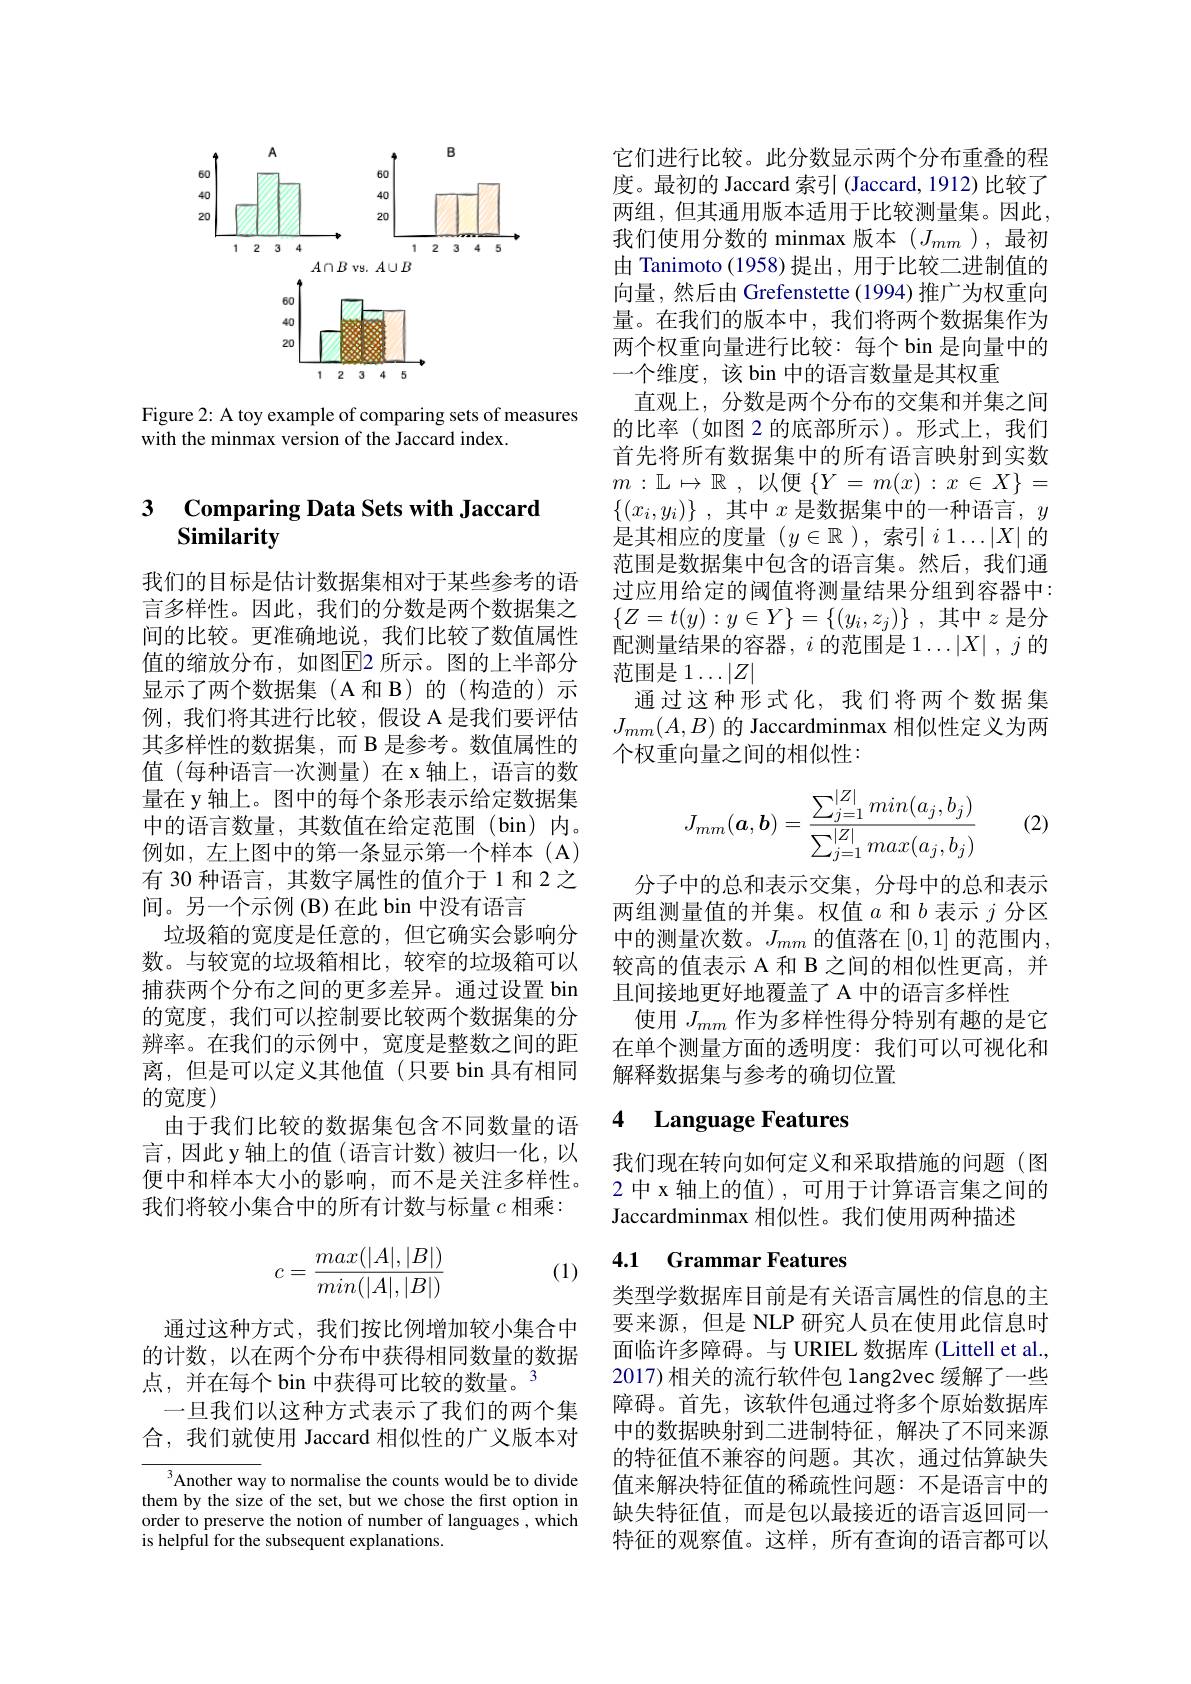
<FigureHere>

Figure 2: A toy example of comparing sets of measures
with the minmax version of the Jaccard index.

### 3 $\textbf{Comparing Data Sets with}$ Similarity

我们的目标是估计数据集相对于某些参考的语言多样性。因此，我们的分数是两个数据集之间的比较。更准确地说，我们比较了数值属性值的缩放分布，如图E2 所示。图的上半部分显示了两个数据集(A和B)的(构造的)示例，我们将其进行比较，假设 A 是我们要评估其多样性的数据集，而 B 是参考。数值属性的值(每种语言一次测量)在x轴上，语言的数量在 y 轴上。图中的每个条形表示给定数据集中的语言数量，其数值在给定范围(bin)内。例如，左上图中的第一条显示第一个样本(A) 有 30 种语言，其数字属性的值介于 1 和 2 之间。另一个示例 (B)在此 bin 中没有语言
垃圾箱的宽度是任意的，但它确实会影响分数。与较宽的垃圾箱相比，较窄的垃圾箱可以捕获两个分布之间的更多差异。通过设置 bin 的宽度，我们可以控制要比较两个数据集的分辨率。在我们的示例中，宽度是整数之间的距离，但是可以定义其他值(只要 bin 具有相同的宽度)
由于我们比较的数据集包含不同数量的语言，因此 y 轴上的值 (语言计数)被归一化，以便中和样本大小的影响，而不是关注多样性。我们将较小集合中的所有计数与标量$c$相乘：

(1)
$$c=\dfrac{max(|A|,|B|)}{min(|A|,|B|)}$$
通过这种方式，我们按比例增加较小集合中的计数，以在两个分布中获得相同数量的数据点、并在每个 bin 中获得可比较的数量。3
一旦我们以这种方式表示了我们的两个集合，我们就使用 Jaccard 相似性的广义版本对

${\overline{{^3}}\text{Another way to normalise the counts would be to divide}}$ them by the size of the set, but we chose the first option in order to preserve the notion of number of languages , which is helpful for the subsequen

它们进行比较。此分数显示两个分布重叠的程度。最初的 Jaccard 索引 (Jaccard, 1912) 比较了两组，但其通用版本适用于比较测量集。因此， 我们使用分数的 minmax 版本($J_mm$),最初由 Tanimoto (1958)提出，用于比较二进制值的向量，然后由 Grefenstette (1994) 推广为权重向量。在我们的版本中，我们将两个数据集作为两个权重向量进行比较：每个 bin 是向量中的一个维度，该 bin 中的语言数量是其权重
直观上，分数是两个分布的交集和并集之间的比率 (如图 2 的底部所示)。形式上，我们首先将所有数据集中的所有语言映射到实数$m: \mathbb{L} \mapsto \mathbb{R}$ , 以便$\{Y=m(x):x\in X\}=$ $\{ ( x_i, y_i) \}$ , 其中 $x$ 是数据集中的一种语言，$y$ 是其相应的度量 $(y\in\mathbb{R}$ ),索引$i1\ldots|X|$ 的范围是数据集中包含的语言集。然后，我们通过应用给定的阈值将测量结果分组到容器中： $\{ Z= t( y) : y\in Y\} = \{ ( y_i, z_j) \}$ ,其中$z$是分配测量结果的容器，$i$的范围是$1\ldots|X|,j$ 范围是1$\ldots|Z|$
通过这种形式化，我们将两个数据集$J_{mm}(A,B)$的 Jaccardminmax 相似性定义为两个权重向量之间的相似性：
$$J_{mm}(\boldsymbol{a},\boldsymbol{b})=\dfrac{\sum_{j=1}^{|Z|}min(a_j,b_j)}{\sum_{j=1}^{|Z|}max(a_j,b_j)}$$
(2)

分子中的总和表示交集，分母中的总和表示两组测量值的并集。权值$a$和$b$表示$j$分区中的测量次数。$J_{mm}$的值落在[0,1]的范围内， 较高的值表示 A 和 B 之间的相似性更高，并且间接地更好地覆盖了 A 中的语言多样性
使用$J_{mm}$作为多样性得分特别有趣的是它在单个测量方面的透明度：我们可以可视化和解释数据集与参考的确切位置

### 4 Language Features

我们现在转向如何定义和采取措施的问题(图2 中 x 轴上的值), 可用于计算语言集之间的Jaccardminmax 相似性。我们使用两种描述

### 4.1 Grammar Features

类型学数据库目前是有关语言属性的信息的主要来源，但是 NLP 研究人员在使用此信息时面临许多障碍。与 URIEL 数据库 (Littell et al., 2017) 相关的流***包 lang2vec 缓解了一些障碍。首先，该软件包通过将多个原始数据库中的数据映射到二进制特征，解决了不同来源的特征值不兼容的问题。其次，通过估算缺失值来解决特征值的稀疏性问题：不是语言中的缺失特征值，而是包以最接近的语言返回同一特征的观察值。这样，所有查询的语言都可以